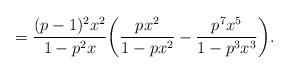
LaTeX: \begin{align*} = \frac{(p-1)^2x^2}{1-p^2x}\bigg(\frac{px^2}{1-px^2} - \frac{p^7x^5}{1-p^3x^3}\bigg). \end{align*}